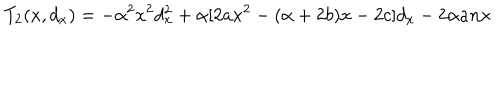
T _ { 2 } ( x , d _ { x } ) = - \alpha ^ { 2 } x ^ { 2 } d _ { x } ^ { 2 } + \alpha [ 2 a x ^ { 2 } - ( \alpha + 2 b ) x - 2 c ] d _ { x } - 2 \alpha a n x